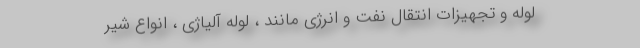
لوله و تجهیزات انتقال نفت و انرژی مانند ، لوله آلیاژی ، انواع شیر